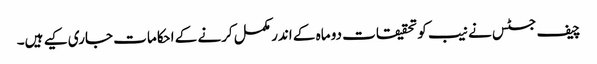
چیف جسٹس نے نیب کو تحقیقات دو ماہ کے اندر مکمل کرنے کے احکامات جاری کیے ہیں۔